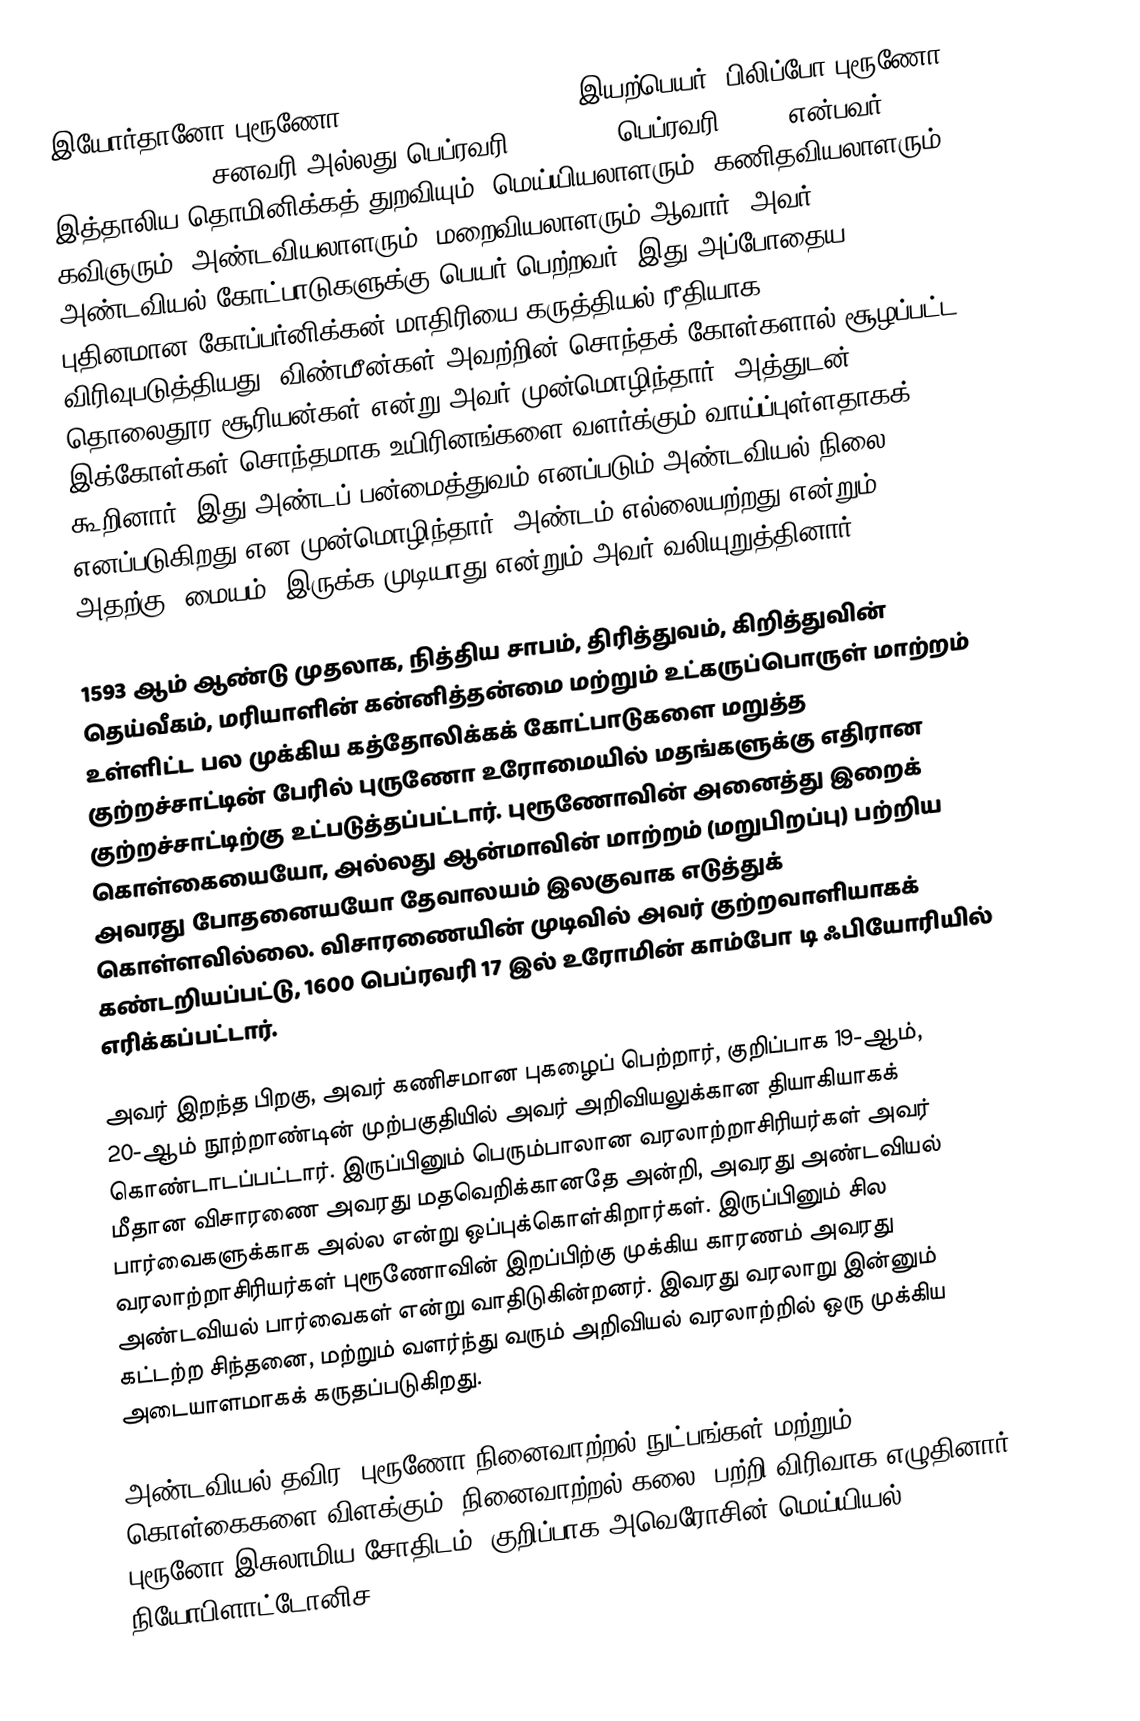
இயோர்தானோ புரூணோ (Giordano Bruno; ; ; ; இயற்பெயர்: பிலிப்போ புரூணோ (Filippo Bruno, சனவரி அல்லது பெப்ரவரி 1548 – 17 பெப்ரவரி 1600) என்பவர் இத்தாலிய தொமினிக்கத் துறவியும், மெய்யியலாளரும், கணிதவியலாளரும், கவிஞரும், அண்டவியலாளரும், மறைவியலாளரும் ஆவார். அவர் அண்டவியல் கோட்பாடுகளுக்கு பெயர் பெற்றவர், இது அப்போதைய புதினமான கோப்பர்னிக்கன் மாதிரியை கருத்தியல் ரீதியாக விரிவுபடுத்தியது. விண்மீன்கள் அவற்றின் சொந்தக் கோள்களால் சூழப்பட்ட தொலைதூர சூரியன்கள் என்று அவர் முன்மொழிந்தார், அத்துடன் இக்கோள்கள் சொந்தமாக  உயிரினங்களை வளர்க்கும் வாய்ப்புள்ளதாகக் கூறினார். இது அண்டப் பன்மைத்துவம் எனப்படும் அண்டவியல் நிலை எனப்படுகிறது என முன்மொழிந்தார். அண்டம் எல்லையற்றது என்றும் அதற்கு "மையம்" இருக்க முடியாது என்றும் அவர் வலியுறுத்தினார்.

1593 ஆம் ஆண்டு முதலாக, நித்திய சாபம், திரித்துவம், கிறித்துவின் தெய்வீகம், மரியாளின் கன்னித்தன்மை மற்றும் உட்கருப்பொருள் மாற்றம் உள்ளிட்ட பல முக்கிய கத்தோலிக்கக் கோட்பாடுகளை மறுத்த குற்றச்சாட்டின் பேரில் புருணோ உரோமையில் மதங்களுக்கு எதிரான குற்றச்சாட்டிற்கு உட்படுத்தப்பட்டார். புரூணோவின் அனைத்து இறைக் கொள்கையையோ, அல்லது ஆன்மாவின் மாற்றம் (மறுபிறப்பு) பற்றிய அவரது போதனையயோ தேவாலயம் இலகுவாக எடுத்துக் கொள்ளவில்லை. விசாரணையின் முடிவில் அவர் குற்றவாளியாகக் கண்டறியப்பட்டு, 1600 பெப்ரவரி 17 இல் உரோமின் காம்போ டி ஃபியோரியில் எரிக்கப்பட்டார்.

அவர் இறந்த பிறகு, அவர் கணிசமான புகழைப் பெற்றார், குறிப்பாக 19-ஆம், 20-ஆம் நூற்றாண்டின் முற்பகுதியில் அவர் அறிவியலுக்கான தியாகியாகக் கொண்டாடப்பட்டார். இருப்பினும் பெரும்பாலான வரலாற்றாசிரியர்கள் அவர் மீதான விசாரணை அவரது மதவெறிக்கானதே அன்றி, அவரது அண்டவியல் பார்வைகளுக்காக அல்ல என்று ஒப்புக்கொள்கிறார்கள். இருப்பினும் சில வரலாற்றாசிரியர்கள் புரூணோவின் இறப்பிற்கு முக்கிய காரணம் அவரது அண்டவியல் பார்வைகள் என்று வாதிடுகின்றனர். இவரது வரலாறு இன்னும் கட்டற்ற சிந்தனை,  மற்றும் வளர்ந்து வரும் அறிவியல் வரலாற்றில் ஒரு முக்கிய அடையாளமாகக் கருதப்படுகிறது.

அண்டவியல் தவிர, புரூணோ நினைவாற்றல் நுட்பங்கள் மற்றும் கொள்கைகளை விளக்கும் "நினைவாற்றல் கலை" பற்றி விரிவாக எழுதினார். புரூனோ இசுலாமிய சோதிடம் (குறிப்பாக அவெரோசின் மெய்யியல்), நியோபிளாட்டோனிச